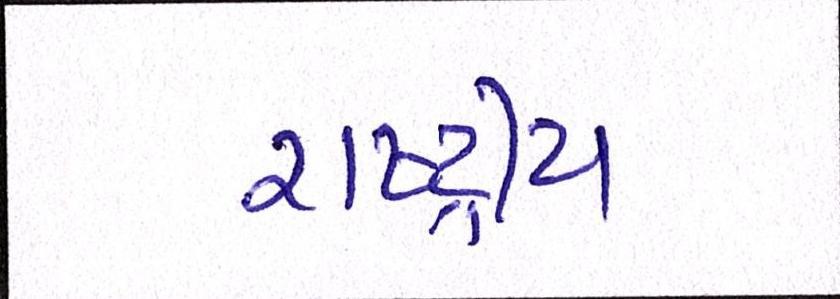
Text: રાષ્ટ્રીય